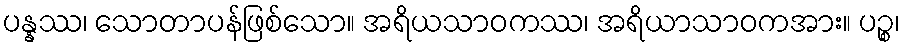
ပန္နဿ၊ သောတာပန်ဖြစ်သော။ အရိယသာဝကဿ၊ အရိယာသာဝကအား။ ပဉ္စ၊